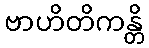
ဗာဟိတိကန္တိ